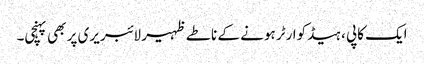
ایک کاپی ، ہیڈکوارٹر ہونے کے ناطے ظہیر لائبریری پر بھی پہنچی۔